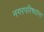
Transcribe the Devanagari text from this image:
नगरपरिषदांना